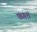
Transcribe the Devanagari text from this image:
फंगशं